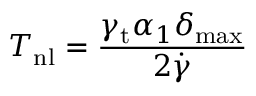
T _ { \mathrm { n l } } = \frac { \gamma _ { \mathrm { t } } \alpha _ { 1 } \delta _ { \mathrm { m a x } } } { 2 \dot { \gamma } }